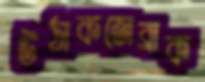
উঠাকজেব্রাক